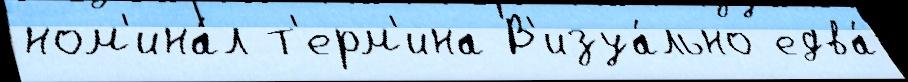
ном'ина́л т'ерм'ина В'изуа́льно едва́